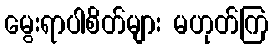
မွေးရာပါစိတ်များ မဟုတ်ကြ